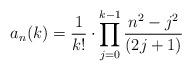
LaTeX: \begin{align*}a_n(k)=\frac{1}{k!} \cdot \prod_{j=0}^{k-1}\frac{n^2-j^2}{(2j+1)}\,\,\,\,\,\end{align*}